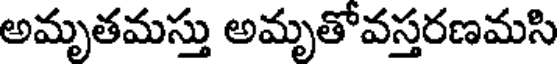
అమృతమస్తు అమృతోవస్తరణమసి